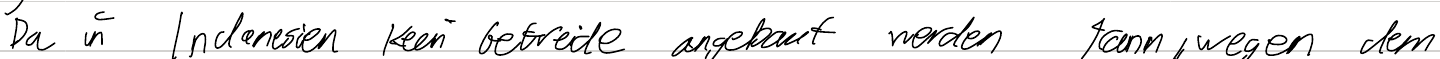
Da in Indonesien kein Getreide angebaut werden kann, wegen dem